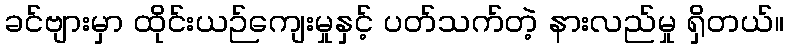
ခင်ဗျားမှာ ထိုင်းယဉ်ကျေးမှုနှင့် ပတ်သက်တဲ့ နားလည်မှု ရှိတယ်။